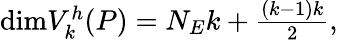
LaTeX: \begin{array}{r}{\textrm{dim}V_{k}^{h}({P})=N_{{E}}k+\frac{(k-1)k}{2},}\end{array}